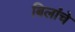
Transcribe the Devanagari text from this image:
बिलांचे